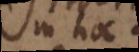
in hoc